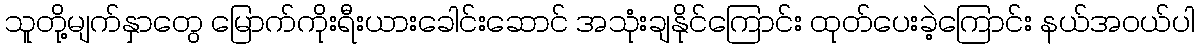
သူတို့မျက်နှာတွေ မြောက်ကိုးရီးယားခေါင်းဆောင် အသုံးချနိုင်ကြောင်း ထုတ်ပေးခဲ့ကြောင်း နယ်အဝယ်ပါ